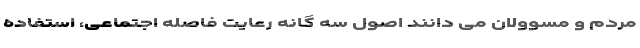
مردم و مسوولان می دانند اصول سه گانه رعایت فاصله اجتماعی، استفاده